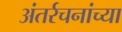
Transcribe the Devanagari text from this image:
अंतर्रचनांच्या